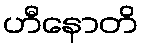
ဟီနောတိ